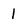
Character: 1